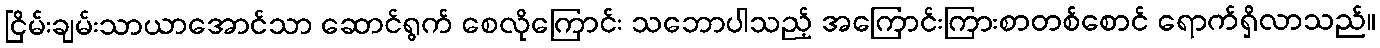
ငြိမ်းချမ်းသာယာအောင်သာ ဆောင်ရွက် စေလိုကြောင်း သဘောပါသည့် အကြောင်းကြားစာတစ်စောင် ရောက်ရှိလာသည်။